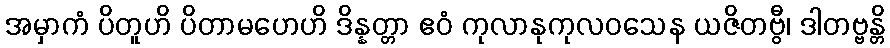
အမှာကံ ပိတူဟိ ပိတာမဟေဟိ ဒိန္နတ္တာ ဧဝံ ကုလာနုကုလဝသေန ယဇိတဗွီ၊ ဒါတဗ္ဗန္တိ